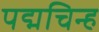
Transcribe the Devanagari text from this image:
पद्मचिन्ह